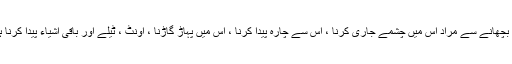
اور بچھانے سے مراد اس میں چشمے جاری کرنا ، اس سے چارہ پیدا کرنا ، اس میں پہاڑ گاڑنا ، اونٹ ، ٹیلے اور باقی اشیاء پیدا کرنا ہے۔